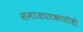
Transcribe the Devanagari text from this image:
समाजघटकांशीही